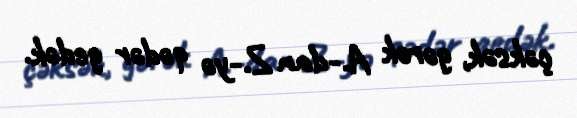
çəksək, gərək A.-dan Z.-yə qədər gedək.